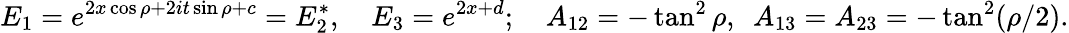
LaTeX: E_{1}=e^{2x\cos\rho+2it\sin\rho+c}=E_{2}^{*},\quad E_{3}=e^{2x+d};\quad A_{12}=-\tan^{2}\rho,\ \ A_{13}=A_{23}=-\tan^{2}(\rho/2).